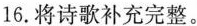
16.将诗歌补充完整。